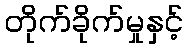
တိုက်ခိုက်မှုနှင့်